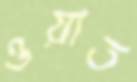
ওয়াত